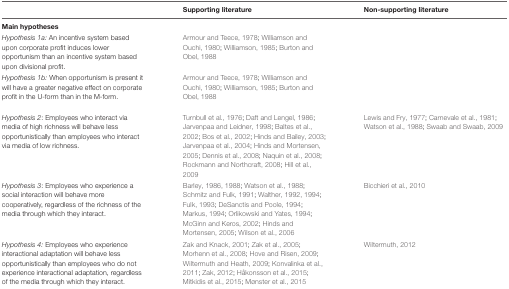
|  | Supporting literature | Non-supporting literature |
 | --- | --- | --- |
 | Main hypotheses |
 | Hypothesis 1a: An incentive system based upon corporate profit induces lower opportunism than an incentive system based upon divisional profit. | Armour and Teece, 1978; Williamson and Ouchi, 1980; Williamson, 1985; Burton and Obel, 1988 |  |
 | Hypothesis 1b: When opportunism is present it will have a greater negative effect on corporate profit in the U-form than in the M-form. | Armour and Teece, 1978; Williamson and Ouchi, 1980; Williamson, 1985; Burton and Obel, 1988 |  |
 | Hypothesis 2: Employees who interact via media of high richness will behave less opportunistically than employees who interact via media of low richness. | Turnbull et al., 1976; Daft and Lengel, 1986; Jarvenpaa and Leidner, 1998; Baltes et al., 2002; Bos et al., 2002; Hinds and Bailey, 2003; Jarvenpaa et al., 2004; Hinds and Mortensen, 2005; Dennis et al., 2008; Naquin et al., 2008; Rockmann and Northcraft, 2008; Hill et al., 2009 | Lewis and Fry, 1977; Carnevale et al., 1981; Watson et al., 1988; Swaab and Swaab, 2009 |
 | Hypothesis 3: Employees who experience a social interaction will behave more cooperatively, regardless of the richness of the media through which they interact. | Barley, 1986, 1988; Watson et al., 1988; Schmitz and Fulk, 1991; Walther, 1992, 1994; Fulk, 1993; DeSanctis and Poole, 1994; Markus, 1994; Orlikowski and Yates, 1994; McGinn and Keros, 2002; Hinds and Mortensen, 2005; Wilson et al., 2006 | Bicchieri et al., 2010 |
 | Hypothesis 4: Employees who experience interactional adaptation will behave less opportunistically than employees who do not experience interactional adaptation, regardless of the media through which they interact. | Zak and Knack, 2001; Zak et al., 2005; Morhenn et al., 2008; Hove and Risen, 2009; Wiltermuth and Heath, 2009; Konvalinka et al., 2011; Zak, 2012; Håkonsson et al., 2015; Mitkidis et al., 2015; Mønster et al., 2015 | Wiltermuth, 2012 |